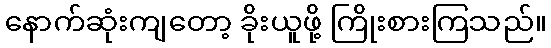
နောက်ဆုံးကျတော့ ခိုးယူဖို့ ကြိုးစားကြသည်။